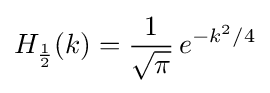
H_{\frac {1}{2}}(k)={\frac {1}{\sqrt {\pi }}}\,e^{-k^{2}/4}